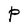
Character: P